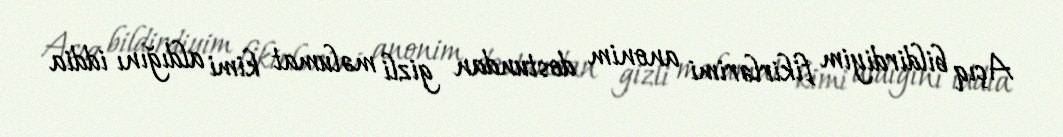
Açıq bildirdiyim fikirlərimi anonim dostundan gizli məlumat kimi aldığını iddia